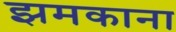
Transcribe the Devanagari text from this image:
झमकाना